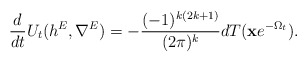
\begin{align*}\frac{d}{dt}U_t(h^E, \nabla^E)=-\frac{(-1)^{k(2k+1)}}{(2\pi)^k}dT(\bold{x}e^{-\Omega_t}).\end{align*}